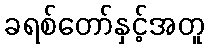
ခရစ်တော်နှင့်အတူ